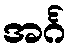
အင်္ဂ